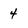
Character: 4